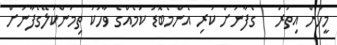
މީހުން އިތުރު   ގެފާނަށް ކުރި އެންމެބޮޑު ކަމެއްގެ ވާހަކަ ތިމަންކަލޭގެފާނަށް